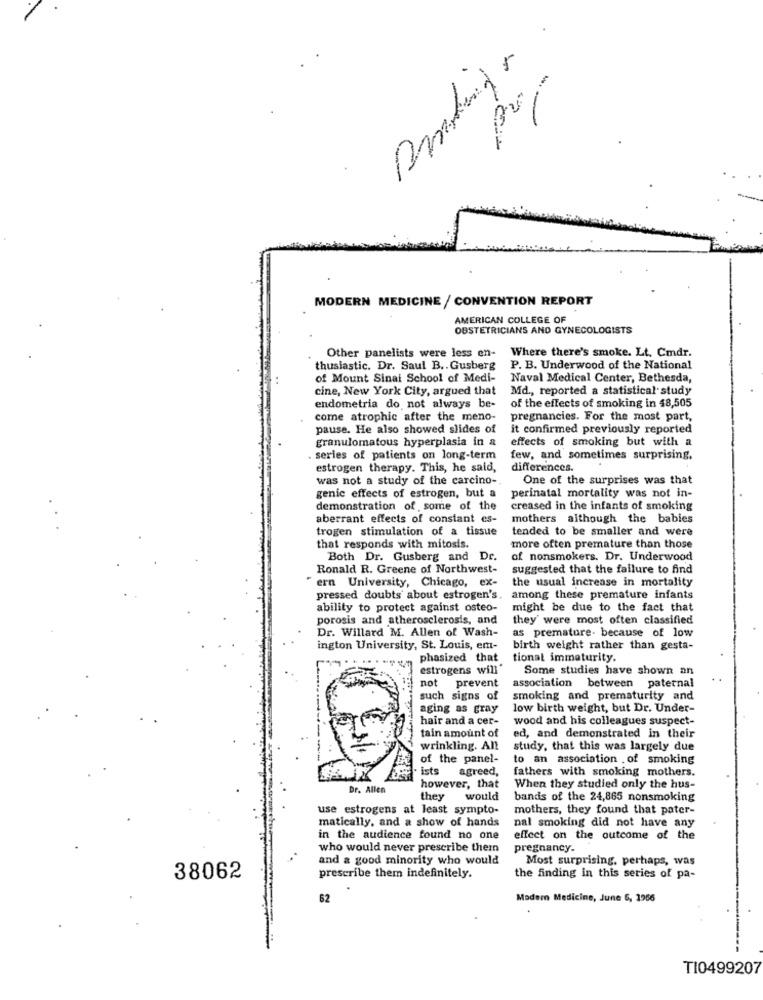
pol
MODERN MEDICINE / CONVENTION REPORT
AMERICAN COLLEGE OF
OBSTETRICIANS AND GYNECOLOGISTS
Other panelists were less en- Where there's smoke. Lt. Cmdr.
thuslastic. Dr. Saul B .. Gusberg
P. B. Underwood of the National
of Mount Sinai School of Medi-
Naval Medical Center, Bethesda,
cine, New York City, argued that
Md ., reported a statistical study
of the effects of smoking in 48,505
endometria do not always be-
come atrophic after the meno-
pregnancies. For the most part,
pause. He also showed slides of
it confirmed previously reported
granulomatous hyperplasia in a
effects of smoking but with a
series of patients on long-term
few, and sometimes surprising,
estrogen therapy. This, he said,
differences.
was not a study of the carcino -.
One of the surprises was that
genic effects of estrogen, but a
perinatal mortality was not in-
demonstration of some of the
creased in the infants of smoking
aberrant effects of constant es-
mothers although the babies
trogen stimulation of a tissue
tended to be smaller and were
that responds with mitosis.
more often premature than those
Both Dr. Gusberg and Dr.
of nonsmokers. Dr. Underwood
Ronald R. Greene of Northwest-
suggested that the failure to find
the usual increase in mortality
ern University, Chicago, ex-
pressed doubts about estrogen's. among these premature infants
ability to protect against osteo-
might be due to the fact that
porosis and atherosclerosis, and
they' were most often classified
Dr. Willard M. Allen of Wash-
as premature. because of low
ington University, St. Louis, em-
birth weight rather than gesta-
phasized that
tional immaturity.
estrogens will'
Some studies have shown an
not
prevent
association between paternal
such signs of
smoking and prematurity and
aging as gray
low birth weight, but Dr. Under-
hair and a cer-
wood and his colleagues suspect-
tain amount of
ed, and demonstrated in their
wrinkling. An!
study, that this was largely due
of the panel-
to an association . of smoking
ists
agreed,
fathers with smoking mothers.
Dr. Allen
however, that
When they studied only the hus-
they would
bands of the 24,865 nonsmoking
use estrogens at least sympto-
mothers, they found that pater-
matically, and a show of hands
nal smoking did not have any
in the audience found no one
effect on the outcome of the
who would never prescribe them
pregnancy.
and a good minority who would
Most surprising, perhaps, was
38062
prescribe them indefinitely.
the finding in this series of pa-
62
Modern Medicine, June 6, 1966
TI0499207